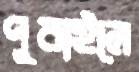
পুবাইলে